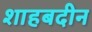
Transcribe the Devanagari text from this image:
शाहबदीन